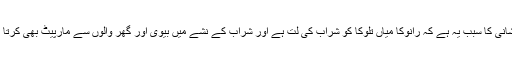
پریشانی کا سبب یہ ہے کہ رانوکا میاں تلوکا کو شراب کی لت ہے اور شراب کے نشے میں بیوی اور گھر والوں سے مارپیٹ بھی کرتا ہے۔